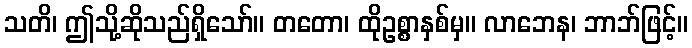
သတိ၊ ဤသို့ဆိုသည်ရှိသော်။ တတော၊ ထိုဥစ္စာနှစ်မှ။ လာဘေန၊ ဘာဘ်ဖြင့်။